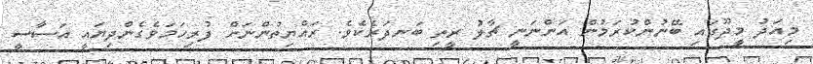
މިއަދު މީދޫގައި ބޭނުންކުރަމުން އަންނަނީ ޗާލު ރީތި ބަނދަރެކެވެ. ރައްޔިތުންނަށް ފުރިހަމަވެގެންދިޔައީ އަސާސީ